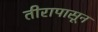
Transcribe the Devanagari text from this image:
तीरापासून